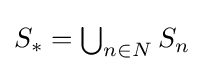
{\textstyle S_{*}=\bigcup _{n\in N}S_{n}}